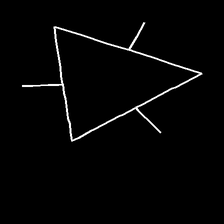
Glyph: fire